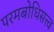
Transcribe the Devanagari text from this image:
परमबोधिसत्त्व